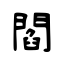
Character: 閻